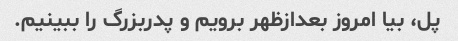
پل، بیا امروز بعدازظهر برویم و پدربزرگ را ببینیم.